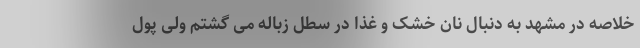
خلاصه در مشهد به دنبال نان خشک و غذا در سطل زباله می گشتم ولی پول